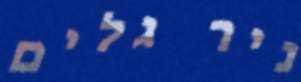
ניר גלים